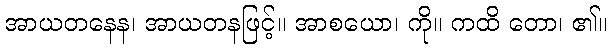
အာယတနေန၊ အာယတနဖြင့်။ အာစယော၊ ကို။ ကထိ တော၊ ၏။